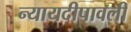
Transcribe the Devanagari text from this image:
न्यायदीपावली